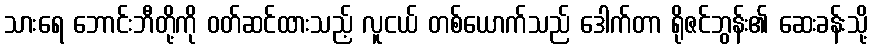
သားရေ ဘောင်းဘီတို့ကို ဝတ်ဆင်ထားသည့် လူငယ် တစ်ယောက်သည် ဒေါက်တာ ရိုဇင်ဘွန်း၏ ဆေးခန်းသို့